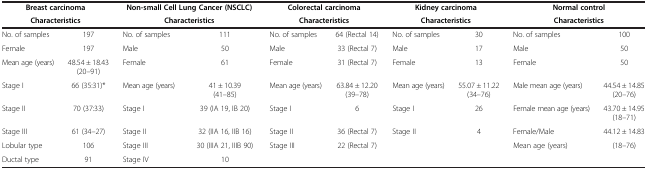
| <COLSPAN=2> Breast carcinoma | <COLSPAN=2> Non-small Cell Lung Cancer (NSCLC) | <COLSPAN=2> Colorectal carcinoma | <COLSPAN=2> Kidney carcinoma | <COLSPAN=2> Normal control |
 | <COLSPAN=2> Characteristics | <COLSPAN=2> Characteristics | <COLSPAN=2> Characteristics | <COLSPAN=2> Characteristics | <COLSPAN=2> Characteristics |
 | --- | --- | --- | --- | --- | --- | --- | --- | --- | --- |
 | No. of samples | 197 | No. of samples | 111 | No. of samples | 64 (Rectal 14) | No. of samples | 30 | No. of samples | 100 |
 | Female | 197 | Male | 50 | Male | 33 (Rectal 7) | Male | 17 | Male | 50 |
 | Mean age (years) | 48.54 ± 18.43 (20–91) | Female | 61 | Female | 31 (Rectal 7) | Female | 13 | Female | 50 |
 | Stage I | 66 (35:31)* | Mean age (years) | 41 ± 10.39 (41–85) | Mean age (years) | 63.84 ± 12.20 (39–78) | Mean age (years) | 55.07 ± 11.22 (34–76) | Male mean age (years) | 44.54 ± 14.85 (20–76) |
 | Stage II | 70 (37:33) | Stage I | 39 (IA 19, IB 20) | Stage I | 6 | Stage I | 26 | Female mean age (years) | 43.70 ± 14.95 (18–71) |
 | Stage III | 61 (34–27) | Stage II | 32 (IIA 16, IIB 16) | Stage II | 36 (Rectal 7) | <ROWSPAN=2> Stage II | <ROWSPAN=2> 4 | Female/Male | 44.12 ± 14.83 |
 | Lobular type | 106 | Stage III | 30 (IIIA 21, IIIB 90) | Stage III | 22 (Rectal 7) | Mean age (years) | (18–76) |
 | Ductal type | 91 | Stage IV | 10 |  |  |  |  |  |  |